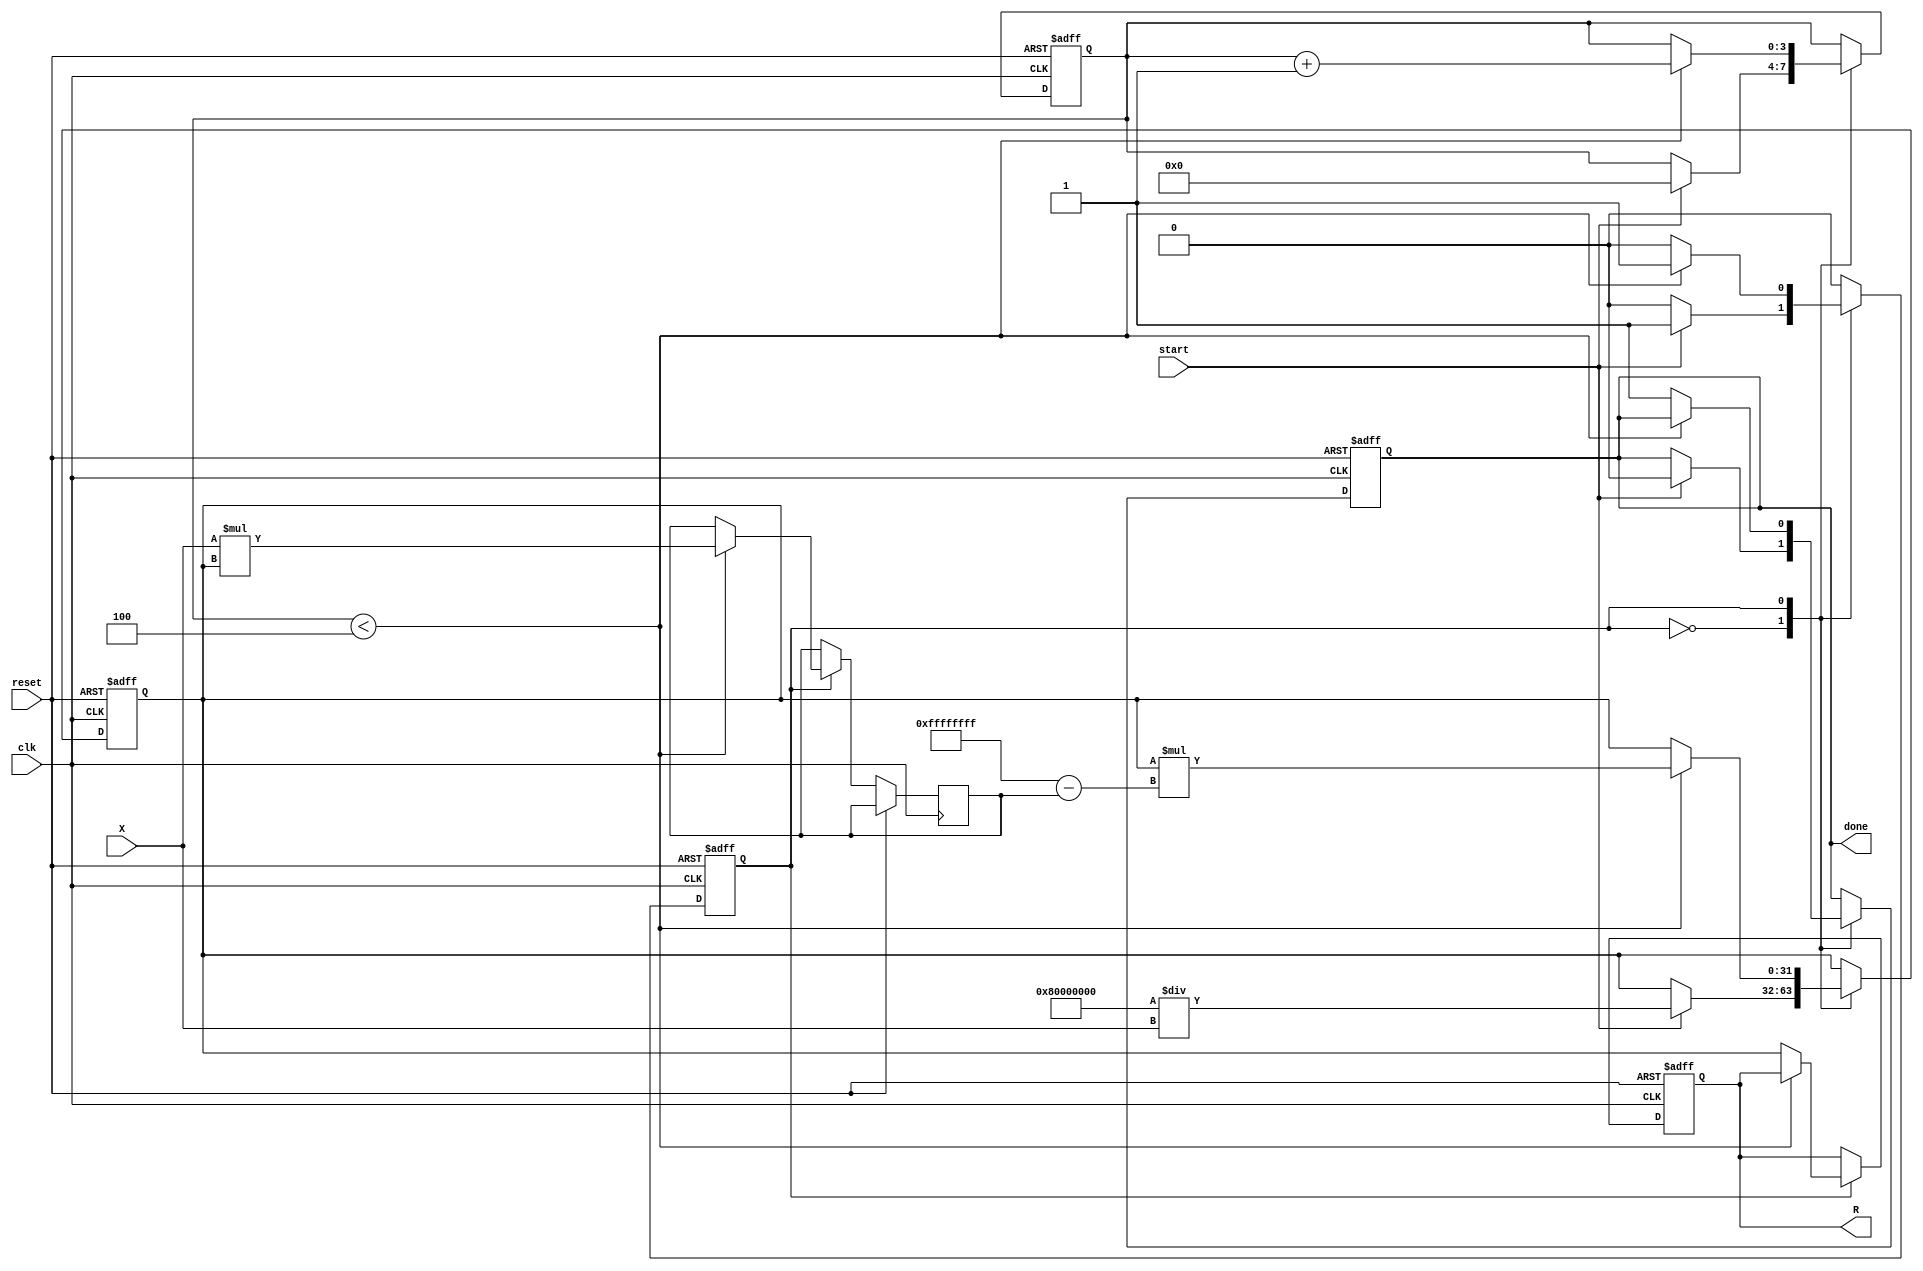
module newton_raphson_reciprocal #(
    parameter N = 16,        // Input width
    parameter M = 32,        // Output width
    parameter K = 4          // Number of iterations
) (
    input wire clk,          // Clock signal
    input wire reset,        // Reset signal
    input wire start,        // Start signal
    input wire [N-1:0] X,    // Input value
    output reg [M-1:0] R,    // Output reciprocal
    output reg done          // Done signal
);

    reg [M-1:0] R_current;    // Current estimate of reciprocal
    reg [M-1:0] X_R_product;   // Product of X and R
    reg [3:0] iteration_count;  // Iteration counter
    reg state;                 // State of the module (0: idle, 1: calculating)

    // State definitions
    localparam IDLE = 1'b0, CALCULATING = 1'b1;

    // Initialize R and perform iterations on the rising edge of the clock
    always @(posedge clk or posedge reset) begin
        if (reset) begin
            R <= 0;
            R_current <= 0;
            iteration_count <= 0;
            done <= 0;
            state <= IDLE;
        end else begin
            case (state)
                IDLE: begin
                    if (start) begin
                        // Initialize R0 = (2^M)/X
                        R_current <= {1'b1, {M-1{1'b0}}} / {1'b0, X}; // Initial guess
                        iteration_count <= 0;
                        done <= 0;
                        state <= CALCULATING;
                    end
                end
                CALCULATING: begin
                    if (iteration_count < K) begin
                        // Calculate X * R_current
                        X_R_product <= X * R_current;
                        
                        // Update R_current = R_current * (2 - X * R_current)
                        R_current <= R_current * ({M{1'b1}} - X_R_product);
                        
                        // Increment iteration count
                        iteration_count <= iteration_count + 1;
                    end else begin
                        // Finished iterations
                        R <= R_current; // Set the final result
                        done <= 1;
                        state <= IDLE; // Go back to idle state
                    end
                end
            endcase
        end
    end
endmodule